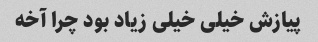
پیازش خیلی خیلی زیاد بود چرا آخه